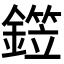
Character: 𬬂